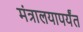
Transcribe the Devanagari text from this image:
मंत्रालयापर्यंत